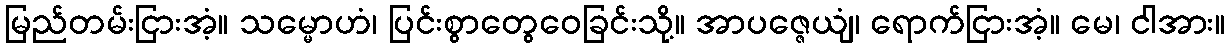
မြည်တမ်းငြားအံ့။ သမ္မောဟံ၊ ပြင်းစွာတွေဝေခြင်းသို့။ အာပဇ္ဇေယျံ၊ ရောက်ငြားအံ့။ မေ၊ ငါအား။